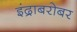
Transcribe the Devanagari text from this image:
इंद्राबरोबर